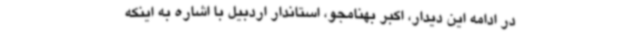
در ادامه این دیدار، اکبر بهنامجو، استاندار اردبیل با اشاره به اینکه